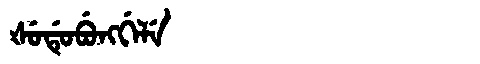
Manchu: ᡧᡠᡩᡠᠪᡠᠩᡤᡝᠯᡝ
Romanization: ŠUDUBUNGGELE